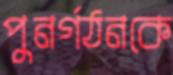
পুনর্গঠনকে